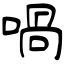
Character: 喎